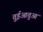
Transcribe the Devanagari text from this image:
तुईआतुआ